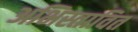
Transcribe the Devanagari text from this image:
अभिस्तावित